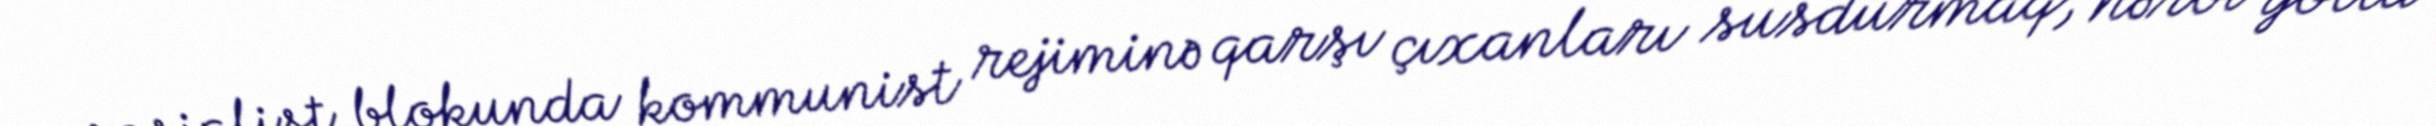
sosialist blokunda kommunist rejiminə qarşı çıxanları susdurmaq, hərbi yolla